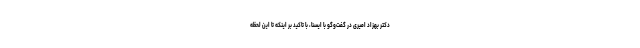
دکتر بهزاد امیری در گفت‌وگو با ایسنا، با تاکید بر اینکه تا این لحظه